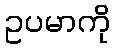
ဥပမာကို